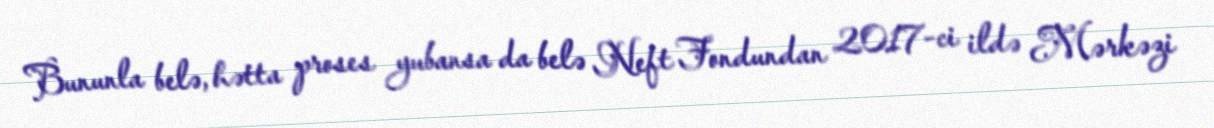
Bununla belə, hətta proses yubansa da belə Neft Fondundan 2017-ci ildə Mərkəzi